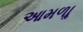
આમળાૢ